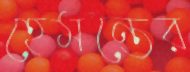
হেমন্তের